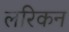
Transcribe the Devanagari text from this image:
लरिकन